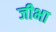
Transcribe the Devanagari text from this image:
जीभा